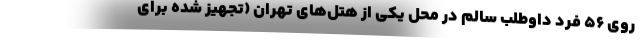
روی ۵۶ فرد داوطلب سالم در محل یکی از هتل‌های تهران (تجهیز شده برای